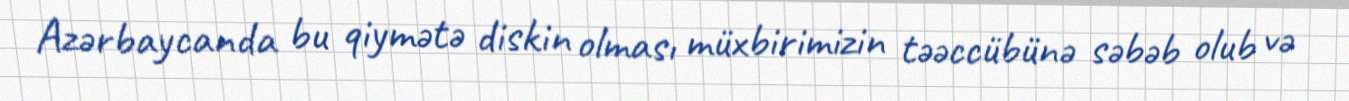
Azərbaycanda bu qiymətə diskin olması müxbirimizin təəccübünə səbəb olub və